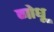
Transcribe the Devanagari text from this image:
गोधू